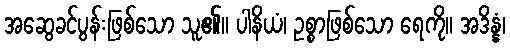
အဆွေခင်ပွန်းဖြစ်သော သူ၏။ ပါနိယံ၊ ဥစ္စာဖြစ်သော ရေကို။ အဒိန္နံ၊